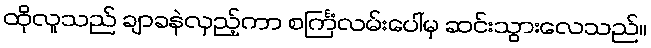
ထိုလူသည် ချာခနဲလှည့်ကာ စင်္ကြံလမ်းပေါ်မှ ဆင်းသွားလေသည်။